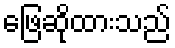
ဖြေဆိုထားသည်